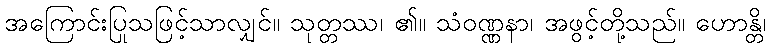
အကြောင်းပြုသဖြင့်သာလျှင်။ သုတ္တဿ၊ ၏။ သံဝဏ္ဏနာ၊ အဖွင့်တို့သည်။ ဟောန္တိ၊